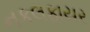
નકલફાયર